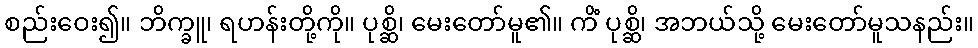
စည်းဝေး၍။ ဘိက္ခူ၊ ရဟန်းတို့ကို။ ပုစ္ဆိ၊ မေးတော်မူ၏။ ကိံ ပုစ္ဆိ၊ အဘယ်သို့ မေးတော်မူသနည်း။